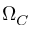
\Omega _ { C }